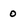
Character: 0